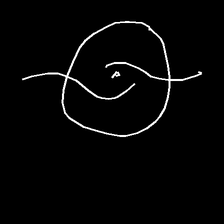
Glyph: repetition